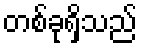
တစ်ခုရှိသည်